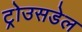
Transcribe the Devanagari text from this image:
ट्रोउसडेल